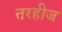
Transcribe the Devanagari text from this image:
तरहीज